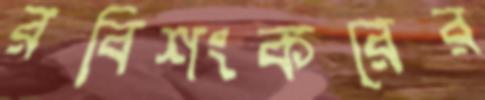
রবিশংকরের